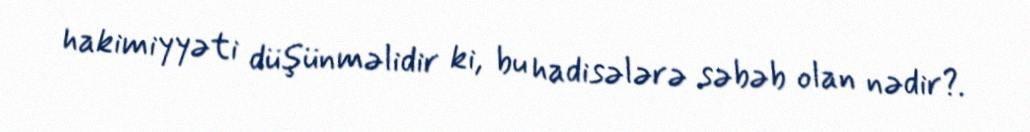
hakimiyyəti düşünməlidir ki, bu hadisələrə səbəb olan nədir?.